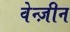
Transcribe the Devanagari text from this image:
वेन्ज़ीन